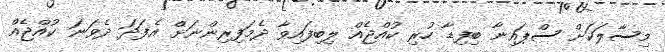
މިސާލަކަށް ސްޕައިނާ ބިފިޑާ ހުރި ކުއްޖެއް ލިބިފައިވާ ދެމަފިރިންނަށް އެފަދަ ދެވަނަ ކުއްޖެއް